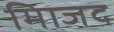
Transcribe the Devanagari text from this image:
मािजद